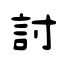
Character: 詂